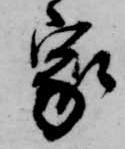
家